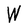
Character: W